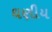
ઘણીય